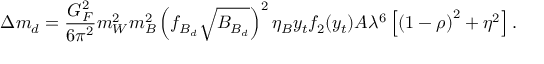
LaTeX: \Delta m _ { d } = { \frac { G _ { F } ^ { 2 } } { 6 \pi ^ { 2 } } } m _ { W } ^ { 2 } m _ { B } ^ { 2 } \left( f _ { B _ { d } } \sqrt { B _ { B _ { d } } } \right) ^ { 2 } \eta _ { B } y _ { t } f _ { 2 } ( y _ { t } ) A \lambda ^ { 6 } \left[ \left( 1 - \rho \right) ^ { 2 } + \eta ^ { 2 } \right] .